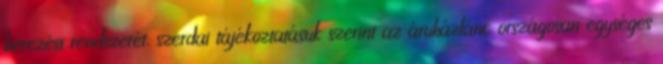
bérezési rendszerét, szerdai tájékoztatásuk szerint az áruházlánc országosan egységes